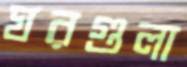
ঘরগুলা